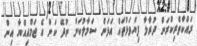
ރައްކާތެރިކުރަން ދުރާލާ ފިޔަވަޅުތައް އަޅަން ސަމާލުކަން ނުދޭ ކަން އެ ޖަމްއިއްޔާ އިން